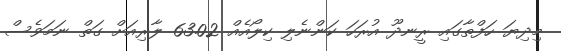
މިދިޔަ ހަފްތާގައި ރީނދޫ އުރަހަ ކަންނެލި ކިލޯއެއް 63.02 ލާރިއަށް ގަތް ނަމަވެސް